Report of the King Institute of Preventive Medicine, Guindy
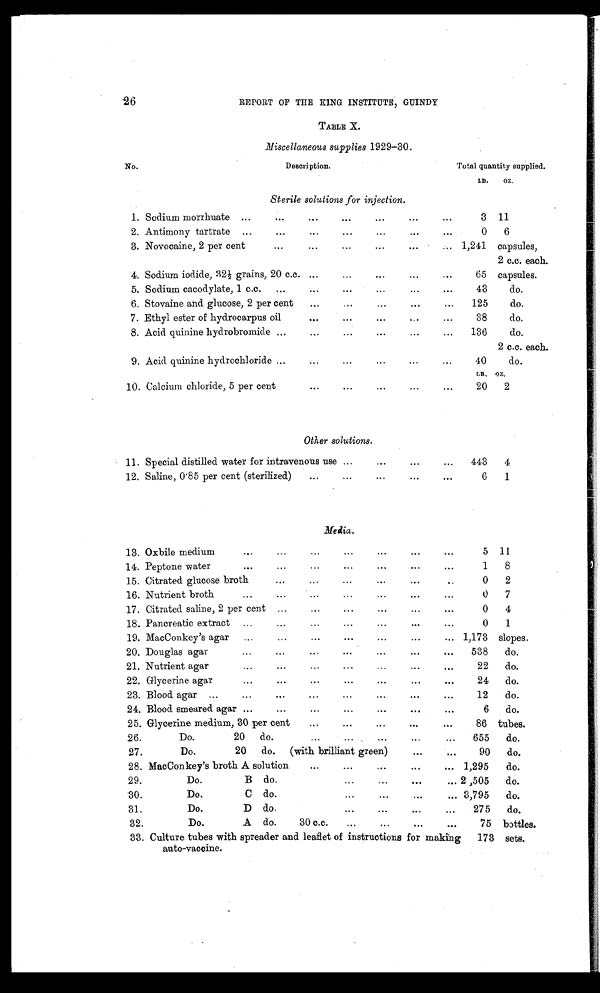
26
REPORT OF THE KING INSTITUTE, GUINDY
TABLE X.
Miscellaneous supplies 1929-30.
No.
Description.
Total quantity supplied.
LB.
OZ.
Sterile solutions for injection.
1. Sodium morrhuate ...
...
...
...
...
.. .
...
3 11
2. Antimony tartrate ...
...
...
...
...
...
0
6
3. Novocaine, 2 per cent
...
...
...
...
...
... 1,241 capsules,
2 c.c. each.
4.
...
Sodium iodide, 32½ grains, 20 c.c. ...
65 capsules.
5. Sodium cacodylate, 1 c.c.
...
...
...
...
...
...
43
do.
6. Stovaine and glucose, 2 per cent
...
...
...
...
...
125
do.
7. Ethyl ester of hydrocarpus oil
...
...
...
...
...
38
do.
8. Acid quinine hydrobromide ...
...
...
...
136
do.
2 c.c. each.
9. Acid quinine hydrochloride ...
...
...
...
...
40
do.
LB. OZ.
10. Calcium chloride, 5 per cent
...
...
...
...
...
20
2
Other solutions.
11. Special distilled water for intravenous use ...
...
443
4
12. Saline, 0∙85 per cent (sterilized)
...
...
...
...
...
6
1
Media.
13. Oxbile medium
...
...
...
...
...
...
...
5 11
14. Peptone water
...
...
...
...
...
...
...
1
8
15. Citrated glucose broth
...
...
...
...
0
2
16. Nutrient broth
...
...
...
...
...
...
...
0
7
17. Citrated saline, 2 per cent ...
...
...
...
...
...
0
4
18. Pancreatic extract ...
...
...
...
...
...
0
1
19. MacConkey's agar...
...
...
...
... 1,173 slopes.
20. Douglas agar
...
...
...
...
...
...
538
do.
21. Nutrient agar
...
...
...
...
...
...
...
22
do.
22. Glycerine agar
...
...
...
...
...
...
...
24
do.
23. Blood agar ...
...
...
...
...
...
...
...
12
do.
24. Blood smeared agar ...
...
...
...
...
...
...
6
do.
25. Glycerine medium, 30 per cent
...
...
...
...
...
86 tubes.
26.
Do.
20
do.
...
... ... ... ... ...
655
do.
27.
Do.
20
do.
(with brilliant green)
...
...
90
do.
28. MacConkey's broth A solution
...
...
...
...
... 1,295
do.
29.
Do.
B do. ... ...
...
... 2 ,505
do.
30.
Do.
C do.
...
...
...
...
3,795
do.
31.
Do.
D do.
...
...
...
...
275
do.
32.
Do.
A do.
30 c.c.
...
...
...
...
75 bottles.
33. Culture tubes with spreader and leaflet of instructions for making
auto-vaccine.
173 sets.